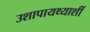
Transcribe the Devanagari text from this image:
उशापायथ्याशीं